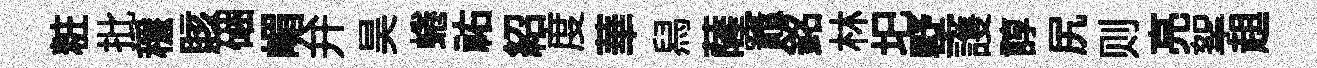
粧批穩賅硱嵋弁昊蜷祐紹度華舄薩竈銘林圯墅護諄尻则亮挐趄